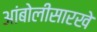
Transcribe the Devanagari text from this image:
आंबोलीसारखे